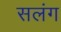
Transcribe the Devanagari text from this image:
सलंग